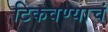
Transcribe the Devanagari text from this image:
टिकवण्याचं